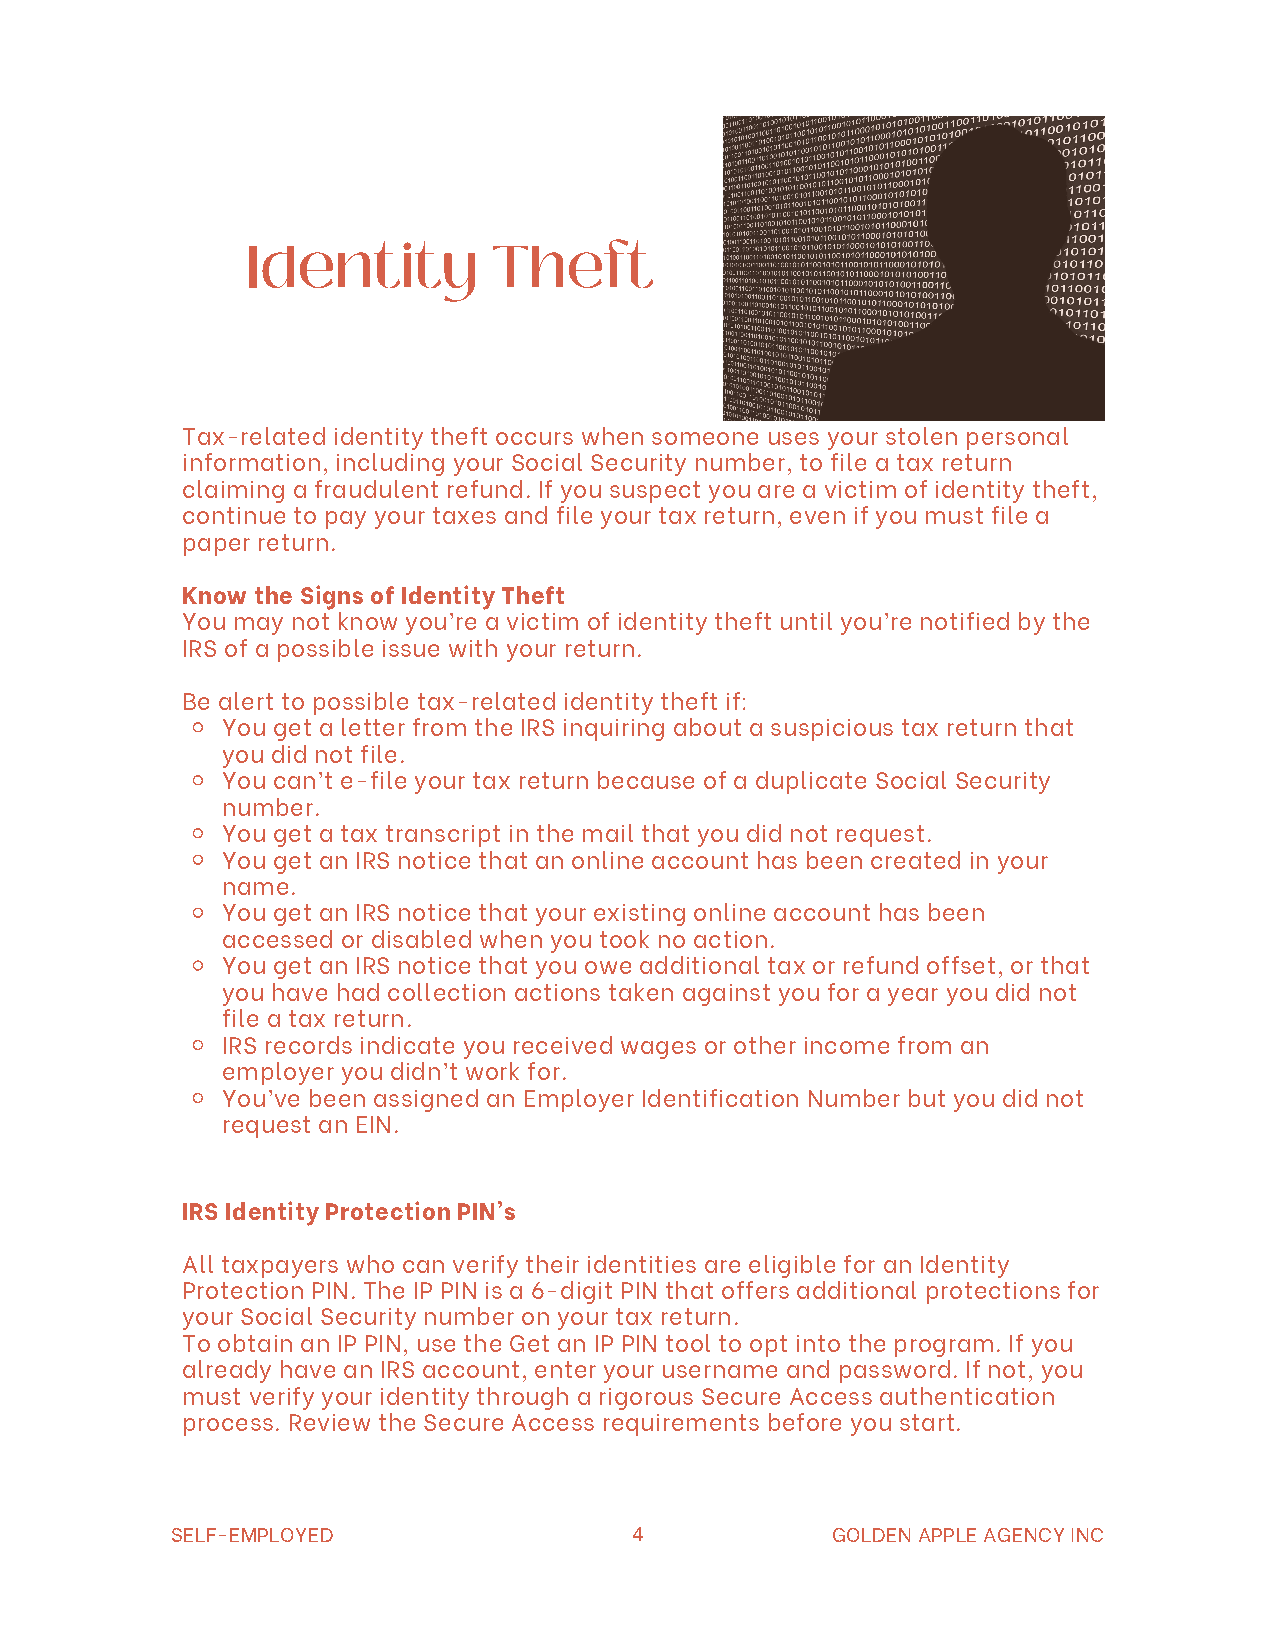
Identity         Theft
 Tax-related identity theft occurs when someone uses your stolen personal
 information, including your Social Security number, to file a tax return
 claiming a fraudulent refund. If you suspect you are a victim of identity theft,
 continue to pay your taxes and file your tax return, even if you must file a
 paper return.
 Know the Signs of Identity Theft
 You may not know you’re a victim of identity theft until you’re notified by the
 IRS of a possible issue with your return.
 Be alert to possible tax-related identity theft if:
 You get a letter from the IRS inquiring about a suspicious tax return that
 you did not file.
 You can’t e-file your tax return because of a duplicate Social Security
 number.
 You get a tax transcript in the mail that you did not request.
 You get an IRS notice that an online account has been created in your
 name.
 You get an IRS notice that your existing online account has been
 accessed or disabled when you took no action.
 You get an IRS notice that you owe additional tax or refund offset, or that
 you have had collection actions taken against you for a year you did not
 file a tax return.
 IRS records indicate you received wages or other income from an
 employer you didn’t work for.
 You’ve been assigned an Employer Identification Number but you did not
 request an EIN.
 IRS Identity Protection PIN's
 All taxpayers who can verify their identities are eligible for an Identity
 Protection PIN. The IP PIN is a 6-digit PIN that offers additional protections for
 your Social Security number on your tax return.
 To obtain an IP PIN, use the Get an IP PIN tool to opt into the program. If you
 already have an IRS account, enter your username and password. If not, you
 must verify your identity through a rigorous Secure Access authentication
 process. Review the Secure Access requirements before you start.
 SELF-EMPLOYED                  4            GOLDEN APPLE AGENCY INC